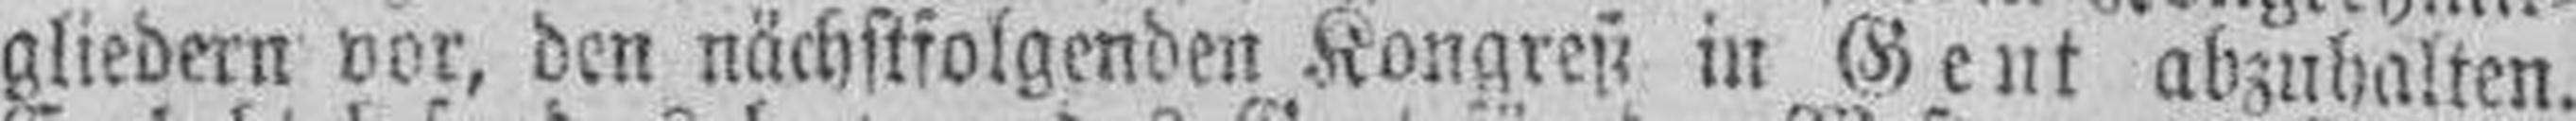
gliedern vor, den nächstfolgenden Kongreß in Gent abzuhalten.